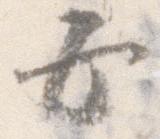
五